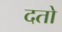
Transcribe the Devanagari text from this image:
दतो